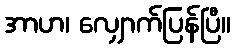
အာဟ၊ လျှောက်ပြန်ပြီ။